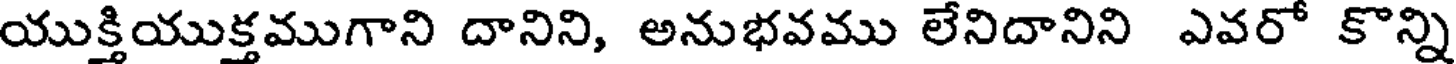
యుక్తియుక్తముగాని దానిని, అనుభవము లేనిదానిని ఎవరో కొన్ని